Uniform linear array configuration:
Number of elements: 4
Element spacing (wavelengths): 1
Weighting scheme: exponential
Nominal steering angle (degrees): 60
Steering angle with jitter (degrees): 58.992
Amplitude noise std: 0.05
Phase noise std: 0.05

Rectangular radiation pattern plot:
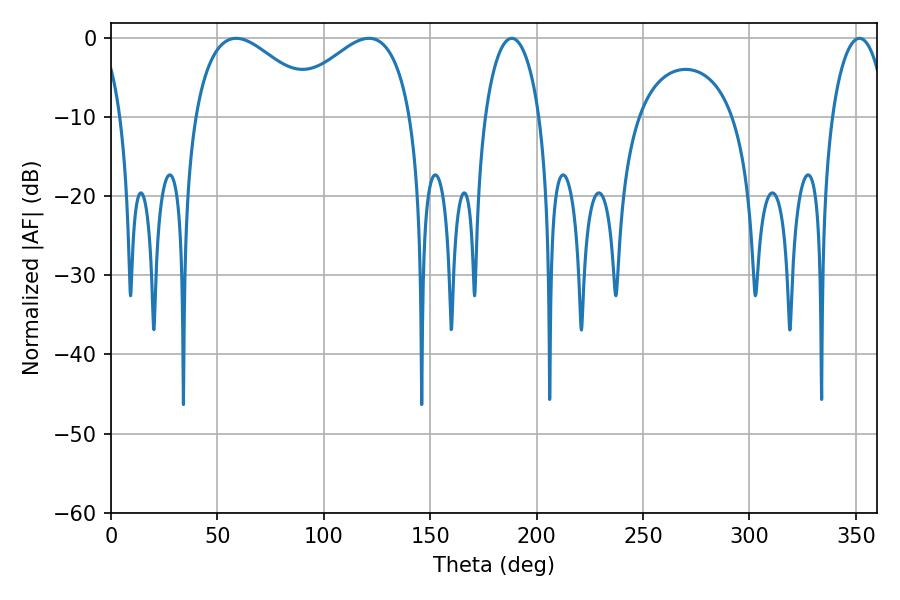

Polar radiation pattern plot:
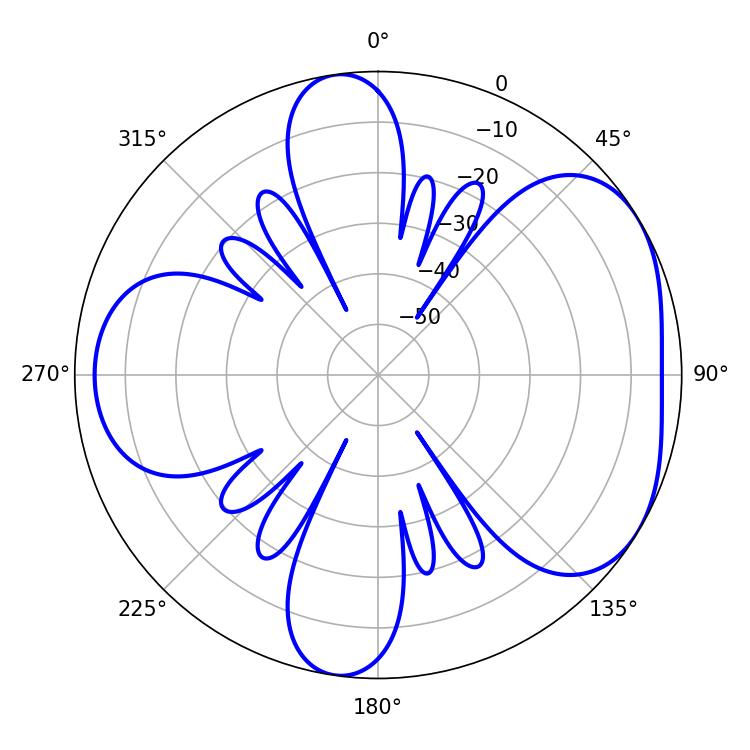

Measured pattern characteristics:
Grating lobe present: TRUE
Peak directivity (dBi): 4.599
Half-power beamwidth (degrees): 32.58
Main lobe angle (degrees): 58.86